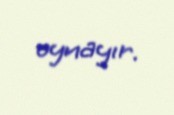
oynayır.